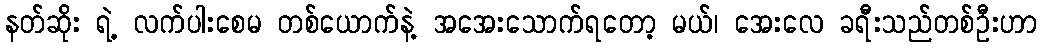
နတ်ဆိုး ရဲ့ လက်ပါးစေမ တစ်ယောက်နဲ့ အအေးသောက်ရတော့ မယ်၊ အေးလေ ခရီးသည်တစ်ဦးဟာ